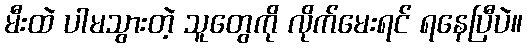
မီးထဲ ပါမသွားတဲ့ သူတွေကို လိုက်မေးရင် ရနေပြီပဲ။